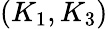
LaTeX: (K_{1},K_{3})